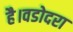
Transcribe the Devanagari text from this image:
है।वडोदरा